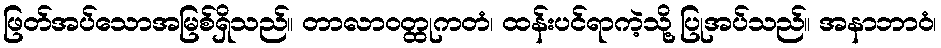
ဖြတ်အပ်သောအမြစ်ရှိသည်။ တာလာဝတ္ထုကတံ၊ ထန်းပင်ရာကဲ့သို့ ပြုအပ်သည်။ အနာဘာဝံ၊